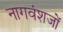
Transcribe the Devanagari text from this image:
नागवंशजों